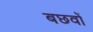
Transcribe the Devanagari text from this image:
बछवों